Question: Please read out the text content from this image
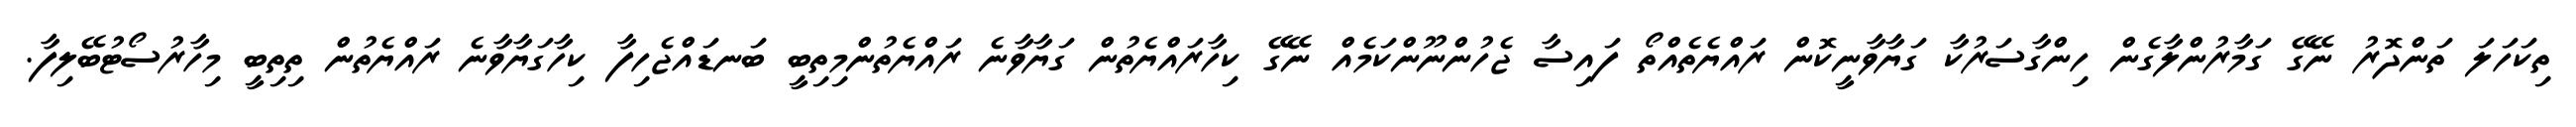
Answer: ތިކަހަލަ ތަންދޮރު ނޭގޭ ގަމާރުންލާގެން ހިންގާސަރުކާ ގަޔާވާނީކޮން ރައްޔެތެއްތޯ ފައިސާ ޖެހުންނޫންކަމެއް ނޭގޭ ކިހާރައްޔެތުން ގަޔާވާނެ ރައްޔެތުންމިތިބީ ބަނޑައްޖެހިފާ ކިހާގަޔާވާނެ ރައްޔެތުން ތިތިބީ މިހާރުސޯޓުބޭލިފާ.